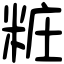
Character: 粧